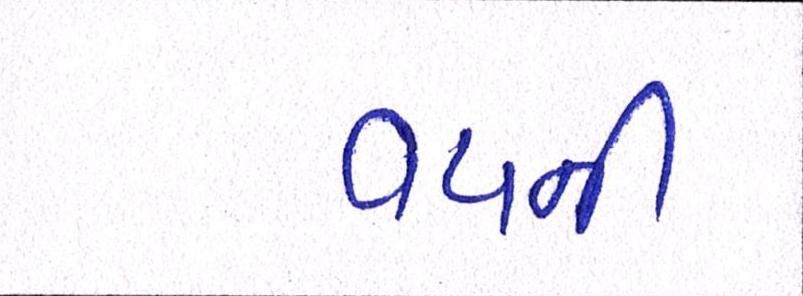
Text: વયની